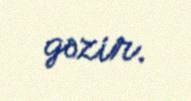
gəzir.